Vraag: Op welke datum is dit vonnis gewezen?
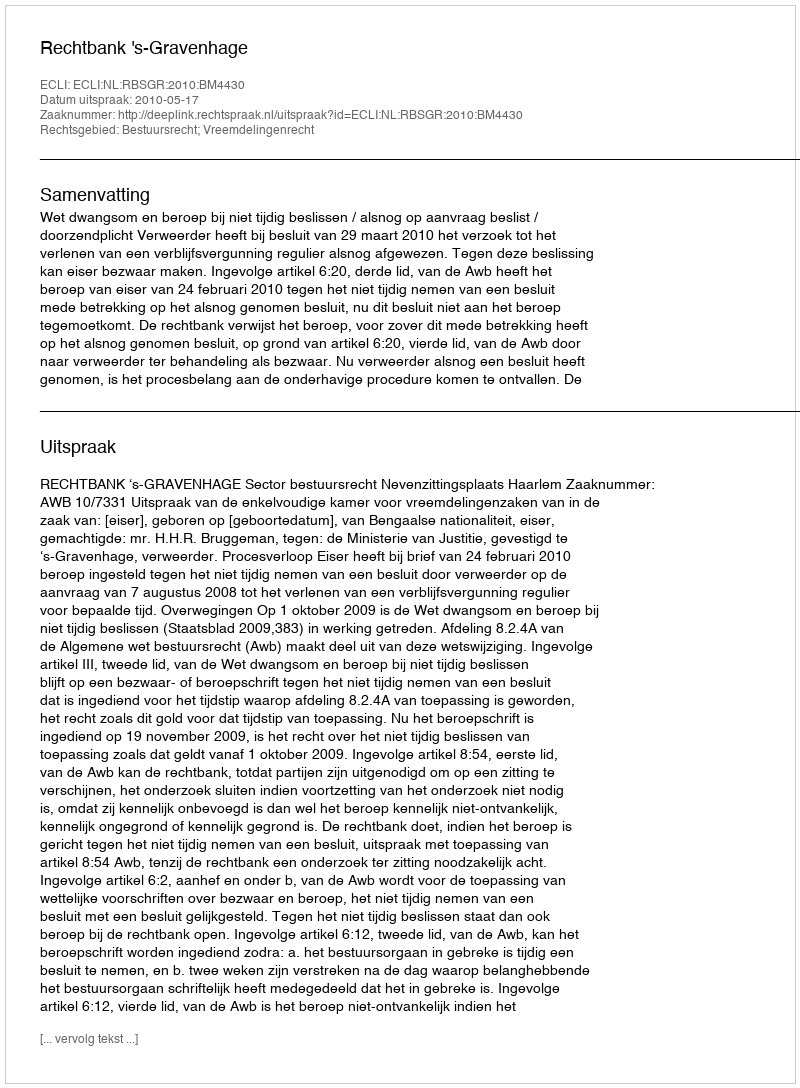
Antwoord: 2010-05-17